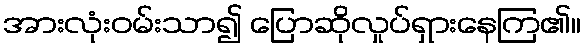
အားလုံးဝမ်းသာ၍ ပြောဆိုလှုပ်ရှားနေကြ၏။